Report on horse surra - Volume II, Part I
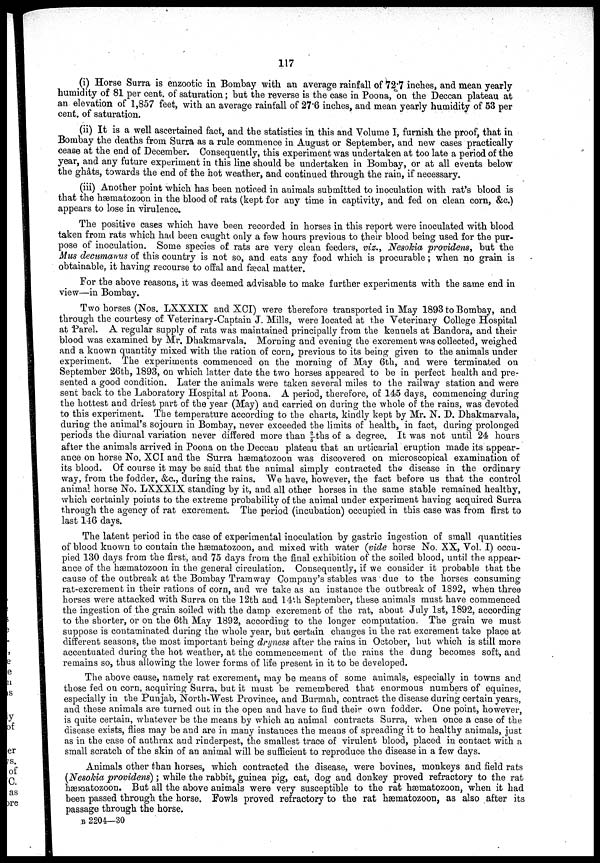
117
(i) Horse Surra is enzootic in Bombay with an average rainfall of 72.7 inches, and mean yearly
humidity of 81 per cent. of saturation; but the reverse is the case in Poona, on the Deccan plateau at
an elevation of 1,857 feet, with an average rainfall of 27.6 inches, and mean yearly humidity of 53 per
cent. of saturation.
(ii) It is a well ascertained fact, and the statistics in this and Volume I, furnish the proof, that in
Bombay the deaths from Surra as a rule commence in August or September, and new cases practically
cease at the end of December. Consequently, this experiment was undertaken at too late a period of the
year, and any future experiment in this line should be undertaken in Bombay, or at all events below
the ghâts, towards the end of the hot weather, and continued through the rain, if necessary.
(iii) Another point which has been noticed in animals submitted to inoculation with rat's blood is
that the hæmatozoon in the blood of rats (kept for any time in captivity, and fed on clean corn, &c.)
appears to lose in virulence.
The positive cases which have been recorded in horses in this report were inoculated with blood
taken from rats which had been caught only a few hours previous to their blood being used for the pur-
pose of inoculation. Some species of rats are very clean feeders, viz., Nesokia providens, but the
Mus decumanus of this country is not so, and eats any food which is procurable; when no grain is
obtainable, it having recourse to offal and fæcal matter.
For the above reasons, it was deemed advisable to make further experiments with the same end in
view—in Bombay.
Two horses (Nos. LXXXIX and XCI) were therefore transported in May 1893 to Bombay, and
through the courtesy of Veterinary-Captain J. Mills, were located at the Veterinary College Hospital
at Parel. A regular supply of rats was maintained principally from the kennels at Bandora, and their
blood was examined by Mr. Dhakmarvala. Morning and evening the excrement was collected, weighed
and a known quantity mixed with the ration of corn, previous to its being given to the animals under
experiment. The experiments commenced on the morning of May 6th, and were terminated on
September 26th, 1893, on which latter date the two horses appeared to be in perfect health and pre-
sented a good condition. Later the animals were taken several miles to the railway station and were
sent back to the Laboratory Hospital at Poona. A period, therefore, of 145 days, commencing during
the hottest and driest part of the year (May) and carried on during the whole of the rains, was devoted
to this experiment. The temperature according to the charts, kindly kept by Mr. N. D. Dhakmarvala,
during the animal's sojourn in Bombay, never exceeded the limits of health, in fact, during prolonged
periods the diurnal variation never differed more than 2/5 ths of a degree. It was not until 24 hours
after the animals arrived in Poona on the Deccau plateau that an urticarial eruption made its appear-
ance on horse No. XCI and the Surra hæmatozoon was discovered on microscopical examination of
its blood. Of course it may be said that the animal simply contracted the disease in the ordinary
way, from the fodder, &c., during the rains. We have, however, the fact before us that the control
animal horse No. LXXXIX standing by it, and all other horses in the same stable remained healthy,
which certainly points to the extreme probability of the animal under experiment having acquired Surra
through the agency of rat excrement. The period (incubation) occupied in this case was from first to
last 146 days.
The latent period in the case of experimental inoculation by gastric ingestion of small quantities
of blood known to contain the hæmatozoon, and mixed with water (vide horse No. XX, Vol. I) occu-
pied 130 days from the first, and 75 days from the final exhibition of the soiled blood, until the appear-
ance of the hæmatozoon in the general circulation. Consequently, if we consider it probable that the
cause of the outbreak at the Bombay Tramway Company's stables was due to the horses consuming
rat-excrement in their rations of corn, and we take as an instance the outbreak of 1892, when three
horses were attacked with Surra on the 12th and 14th September, these animals must have commenced
the ingestion of the grain soiled with the damp excrement of the rat, about July 1st, 1892, according
to the shorter, or on the 6th May 1892, according to the longer computation. The grain we must
suppose is contaminated during the whole year, but certain changes in the rat excrement take place at
different seasons, the most important being dryness after the rains in October, but which is still more
accentuated during the hot weather, at the commencement of the rains the dung becomes soft, and
remains so, thus allowing the lower forms of life present in it to be developed.
The above cause, namely rat excrement, may be means of some animals, especially in towns and
those fed on corn, acquiring Surra, but it must be remembered that enormous numbers of equines,
especially in the Punjab, North-West Province, and Burmah, contract the disease during certain years,
and these animals are turned out in the open and have to find their own fodder. One point, however,
is quite certain, whatever be the means by which an animal contracts Surra, when once a case of the
disease exists, flies may be and are in many instances the means of spreading it to healthy animals, just
as in the case of anthrax and rinderpest, the smallest trace of virulent blood, placed in contact with a
small scratch of the skin of an animal will be sufficient to reproduce the disease in a few days.
Animals other than horses, which contracted the disease, were bovines, monkeys and field rats
(Nesokia providens) ; while the rabbit, guinea pig, cat, dog and donkey proved refractory to the rat
hæmatozoon. But all the above animals were very susceptible to the rat hæmatozoon, when it had
been passed through the horse. Fowls proved refractory to the rat hæmatozoon, as also after its
passage through the horse.
B 2204—30